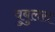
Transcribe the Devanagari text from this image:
वुबुलस